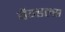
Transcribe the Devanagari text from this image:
वैन्डल्स